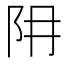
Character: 𨸨